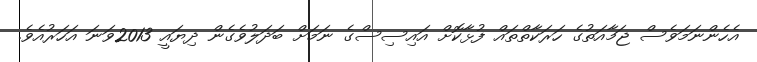
އެހެންނަމަވެސް ޖަމާއަތުގެ ހަރަކާތްތައް ފުޅާކޮށް އައިސިސްގެ ނަމަށް ބަދަލުވެގެން ދިޔައީ 2013ވަނަ އަހަރުއެވެ.